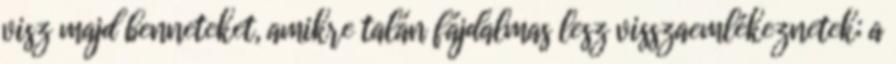
visz majd benneteket, amikre talán fájdalmas lesz visszaemlékeznetek; a